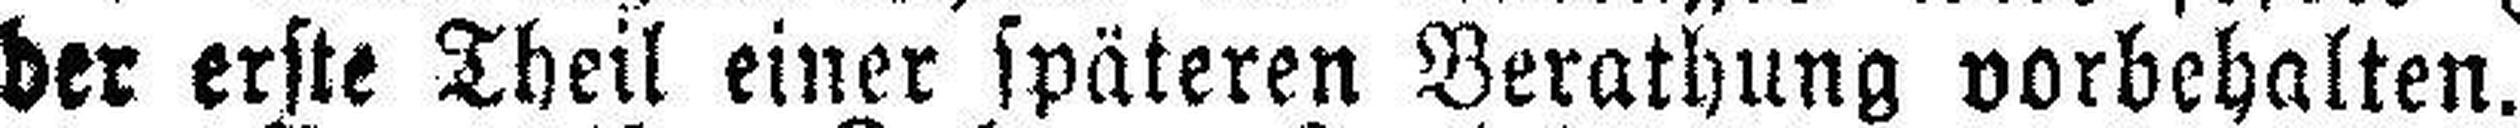
der erste Theil einer späteren Berathung vorbehalten.